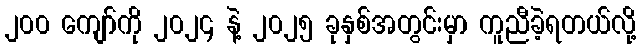
၂၀၀ ကျော်ကို ၂၀၂၄ နဲ့ ၂၀၂၅ ခုနှစ်အတွင်းမှာ ကူညီခဲ့ရတယ်လို့